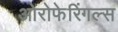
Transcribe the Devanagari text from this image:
ओरोफेरिंगल्स